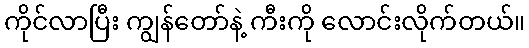
ကိုင်လာပြီး ကျွန်တော်နဲ့ ကီးကို လောင်းလိုက်တယ်။